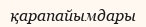
қарапайымдары